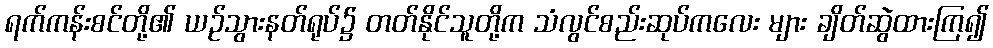
ရက်ကန်းစင်တို့၏ ယဉ်သွားနတ်ရုပ်၌ တတ်နိုင်သူတို့က သံလွင်စည်းဆုပ်ကလေး များ ချိတ်ဆွဲထားကြ၍